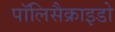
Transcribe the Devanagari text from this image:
पॉलिसैक्राइडो